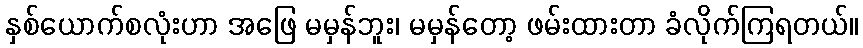
နှစ်ယောက်စလုံးဟာ အဖြေ မမှန်ဘူး၊ မမှန်တော့ ဖမ်းထားတာ ခံလိုက်ကြရတယ်။